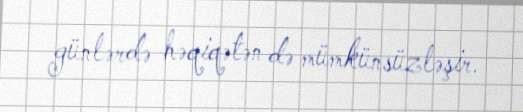
günlərdə həqiqətən də mümkünsüzləşir.